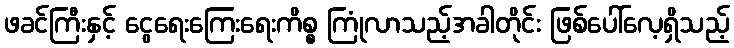
ဖခင်ကြီးနှင့် ငွေရေးကြေးရေးကိစ္စ ကြုံလာသည့်အခါတိုင်း ဖြစ်ပေါ်လေ့ရှိသည့်